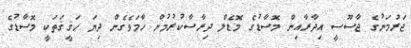
ޖަރުމަނުގެ ޖާސޫސީ އިދާރާއިން މޮސާޑުގެ މޮޑެލް ދިރާސާކުރުމުން ހާމަވެގެން ދިޔަ ޙަޤީޤަތަކީ މޮސާޑުގެ